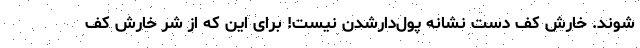
شوند. خارش کف دست‌ نشانه پول‌دارشدن نیست! برای این که از شر خارش کف